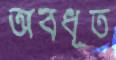
অবধূত